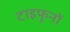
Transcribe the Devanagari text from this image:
टाइफूनों